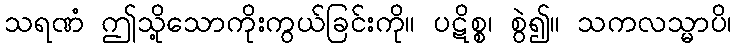
သရဏံ ဤသို့သောကိုးကွယ်ခြင်းကို။ ပဋိစ္စ၊ စွဲ၍။ သကလသ္မာပိ၊